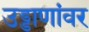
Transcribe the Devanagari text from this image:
उड्डाणांवर